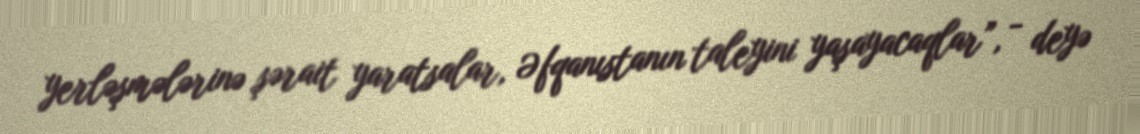
yerləşmələrinə şərait yaratsalar, Əfqanıstanın taleyini yaşayacaqlar”, - deyə